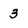
Character: 3